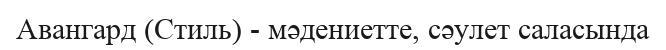
Авангард (Стиль) - мәдениетте, сәулет саласында